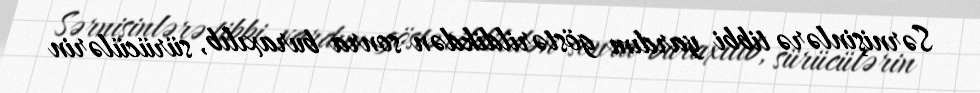
Sərnişinlərə tibbi yardım göstərildikdən sonra buraxılıb, sürücülərin